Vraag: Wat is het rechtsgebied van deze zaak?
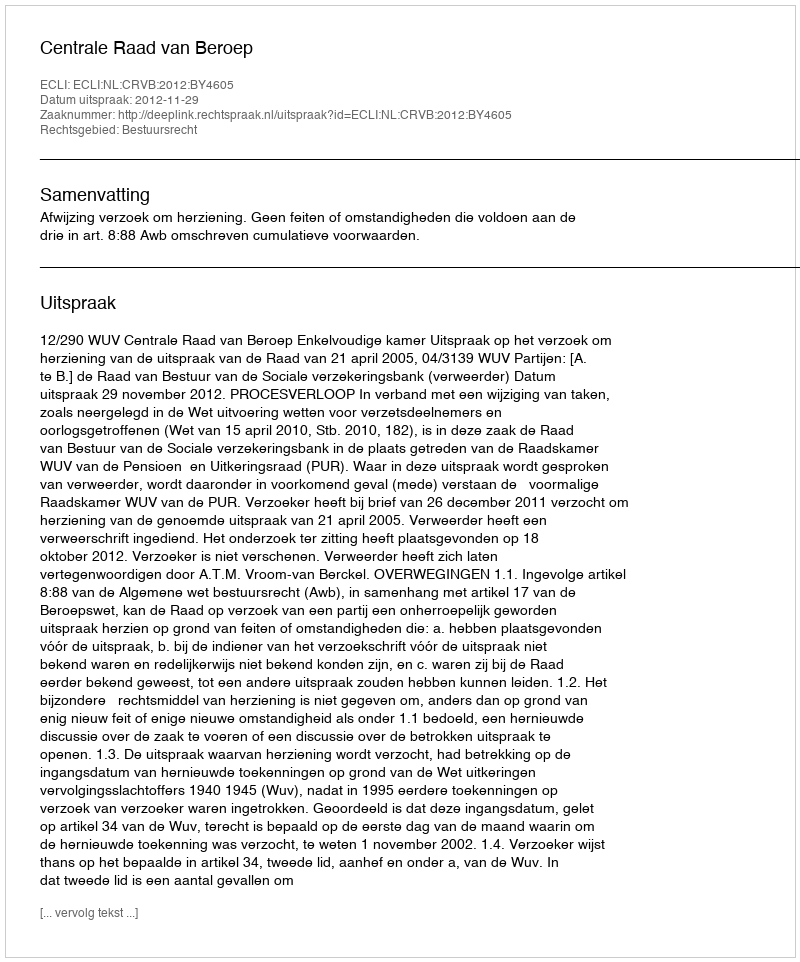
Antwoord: Bestuursrecht